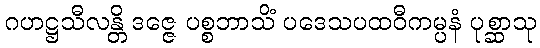
ဂဟဋ္ဌသီလန္တိ ဒဇ္ဇေ ပစ္စဘာသိံ ပဒေသပထဝီကမ္ပနံ ပုစ္ဆာသု